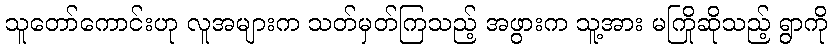
သူတော်ကောင်းဟု လူအများက သတ်မှတ်ကြသည့် အဖွားက သူ့အား မကြိုဆိုသည့် ရွာကို